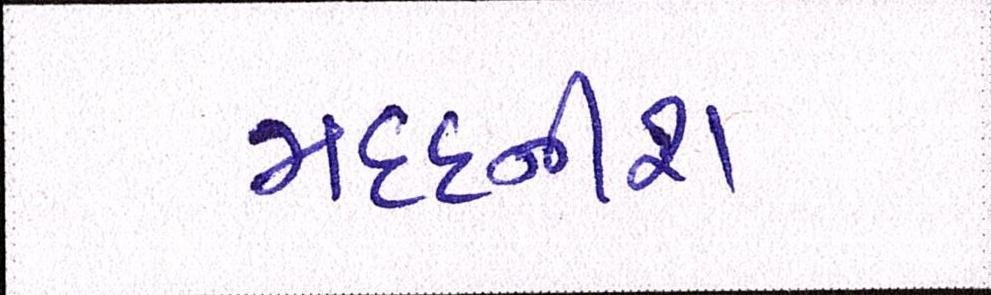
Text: મદદનીશ